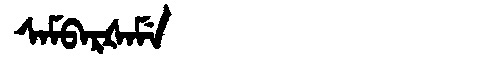
Manchu: ᠰᠠᠮᠪᠠᡵᡧᠠᠮᡝ
Romanization: SAMBARŠAME